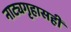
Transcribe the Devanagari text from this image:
नाट्यगृहासही